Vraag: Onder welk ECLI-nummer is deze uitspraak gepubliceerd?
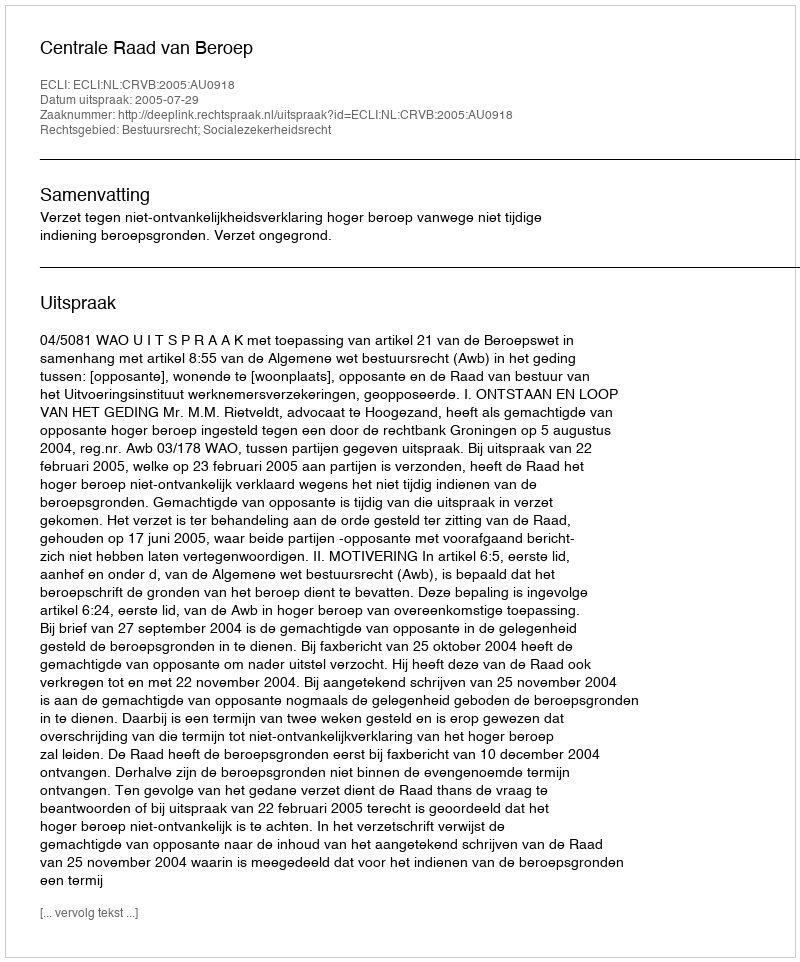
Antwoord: ECLI:NL:CRVB:2005:AU0918